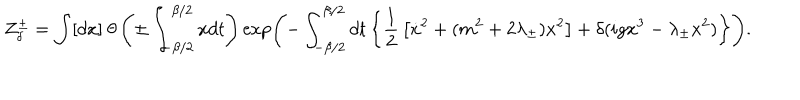
Z _ { \delta } ^ { \pm } = \int [ d x ] \ \theta \left( \pm \int _ { - \beta / 2 } ^ { \beta / 2 } x d t \right) \exp \left( - \int _ { - \beta / 2 } ^ { \beta / 2 } d t \left\{ { \frac { 1 } { 2 } } \left[ \dot { x } ^ { 2 } + ( m ^ { 2 } + 2 \lambda _ { \pm } ) x ^ { 2 } \right] + \delta ( i g x ^ { 3 } - \lambda _ { \pm } x ^ { 2 } ) \right\} \right) .